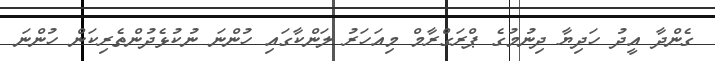
ގެންދާ އީދު ހަދިޔާ ދިނުމުގެ ޕްރަގްރާމް މިއަހަރު ލަންކާގައި ހުންނަ ނުކުޅެދުންތެރިކަން ހުންނަ